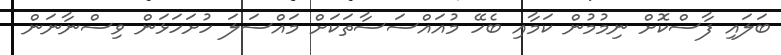
ބަލައި ފާސްކޮށް ނިމުމުން ކަމާއި ބެހޭ މުއައްސަސާތަކަށް މައްސަލަ ހުށަހަޅަން ވިސްނާނަން